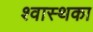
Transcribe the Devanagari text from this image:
श्वास्थका